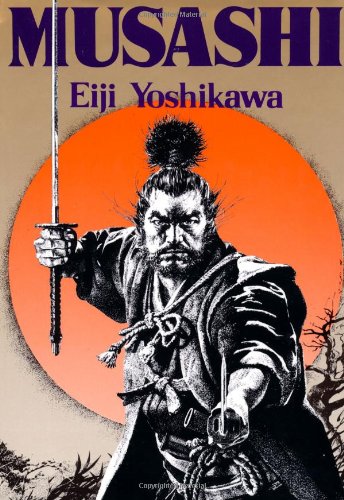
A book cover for Musashi: An Epic Novel of the Samurai Era; Eiji Yoshikawa; Literature & Fiction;